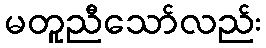
မတူညီသော်လည်း